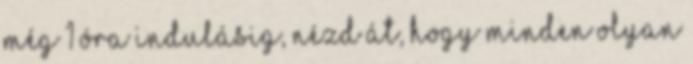
még 1 óra indulásig, nézd át, hogy minden olyan